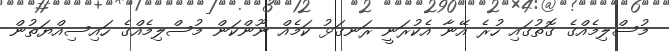
މުސްލިމެއްގެ ގޮތުގައި ހުރެ އޭނާ އެކުރަނީ ރަނގަޅު ކަމެއް ނޫންކަން މުސްލިމެއްގެ ހައިސިއްޔަތުން